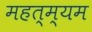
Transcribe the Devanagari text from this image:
महत्म्यम